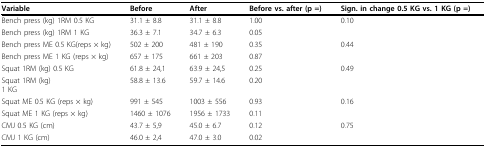
<table><thead><tr><td><b>Variable</b></td><td><b>Before</b></td><td><b>After</b></td><td><b>Before vs. after (p =)</b></td><td><b>Sign. in change 0.5 KG vs. 1 KG (p =)</b></td></tr></thead><tbody><tr><td>Bench press (kg) 1RM 0.5 KG</td><td>31.1 ± 8.8</td><td>31.1 ± 8.8</td><td>1.00</td><td>0.10</td></tr><tr><td>Bench press (kg) 1RM 1 KG</td><td>36.3 ± 7.1</td><td>34.7 ± 6.3</td><td>0.05</td><td></td></tr><tr><td>Bench press ME 0.5 KG(reps × kg)</td><td>502 ± 200</td><td>481 ± 190</td><td>0.35</td><td>0.44</td></tr><tr><td>Bench press ME 1 KG (reps × kg)</td><td>657 ± 175</td><td>661 ± 203</td><td>0.87</td><td></td></tr><tr><td>Squat 1RM (kg) 0.5 KG</td><td>61.8 ± 24,1</td><td>63.9 ± 24,5</td><td>0.25</td><td>0.49</td></tr><tr><td>Squat 1RM (kg)1 KG</td><td>58.8 ± 13.6</td><td>59.7 ± 14.6</td><td>0.20</td><td></td></tr><tr><td>Squat ME 0.5 KG (reps × kg)</td><td>991 ± 545</td><td>1003 ± 556</td><td>0.93</td><td>0.16</td></tr><tr><td>Squat ME 1 KG (reps × kg)</td><td>1460 ± 1076</td><td>1956 ± 1733</td><td>0.11</td><td></td></tr><tr><td>CMJ 0.5 KG (cm)</td><td>43.7 ± 5,9</td><td>45.0 ± 6.7</td><td>0.12</td><td>0.75</td></tr><tr><td>CMJ 1 KG (cm)</td><td>46.0 ± 2,4</td><td>47.0 ± 3.0</td><td>0.02</td><td></td></tr></tbody></table>